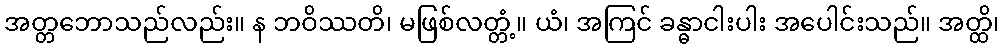
အတ္တဘောသည်လည်း။ န ဘဝိဿတိ၊ မဖြစ်လတ္တံ့။ ယံ၊ အကြင် ခန္ဓာငါးပါး အပေါင်းသည်။ အတ္ထိ၊